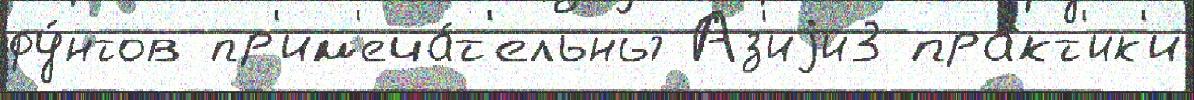
фу́нтов пр'им'еча́т'ельны Аз'иjи3 пра́кт'ик'и